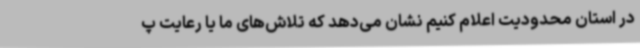
در استان محدودیت اعلام کنیم نشان می‌دهد که تلاش‌های ما یا رعایت پ